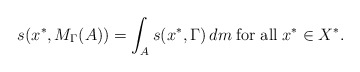
\begin{align*}s(x^*,M_{\Gamma}(A))=\int_A s(x^*,\Gamma)\, dm \; {\rm for} \; {\rm all } \; x^*\in X^*.\end{align*}